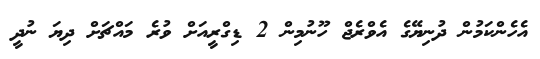
އެހެންކަމުން ދުނިޔޭގެ އެވްރެޖް ހޫނުމިން 2 ޑިގްރީއަށް ވުރެ މައްޗަށް ދިޔަ ނުދީ